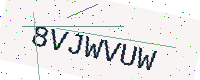
Text: 8VJWVUW